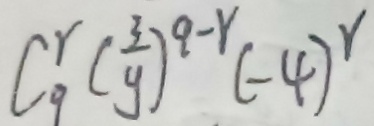
C ^ { r } _ { 9 } ( \frac { 3 } { 9 } ) ^ { 9 - r } ( - 4 ) ^ { r }